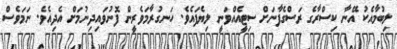
ލިބުމާއެކު އޭނާ ކިސްރާގެ ރަސްގެފާނަށް ސިޓީއެއްވަނީ ލިޔެފައެވެ. ހަނގުރާމަވެރީން ފޮނުވައިދިނުމަށް އެދިއެވެ. ނަމަވެސް